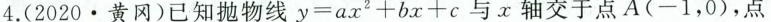
4.(2020\cdot 黄冈)已知抛物线$$y = a x 2 + b x + c$$ 与x轴交于点A(-1，0)，点